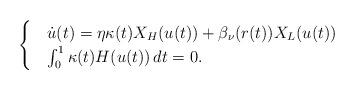
LaTeX: \begin{align*}\begin{cases}&\dot{u}(t)=\eta\kappa(t)X_{H}(u(t))+\beta_\nu(r(t))X_L(u(t))\\&\int_0^1\kappa(t)H(u(t))\,dt=0.\end{cases}\end{align*}